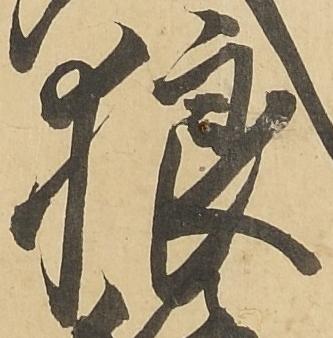
狼